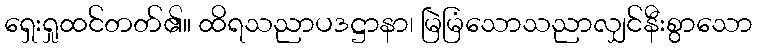
ရှေးရှုထင်တတ်၏။ ထိရသညာပဒဋ္ဌာနာ၊ မြဲမြံသောသညာလျှင်နီးစွာသော